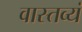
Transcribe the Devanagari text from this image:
वास्तव्यं